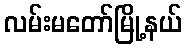
လမ်းမတော်မြို့နယ်